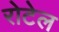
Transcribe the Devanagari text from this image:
रोटेल